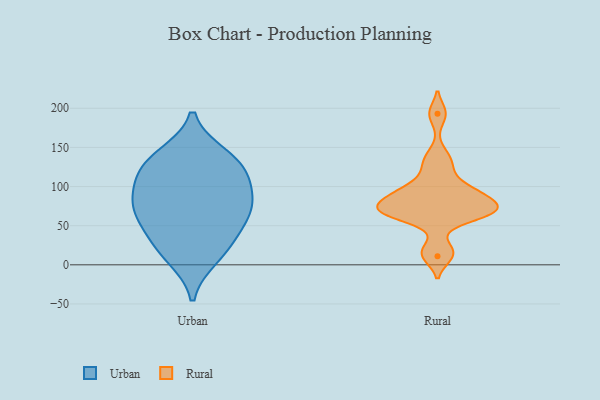
{"axis": {"x": "LTV (USD)", "y": "Value"}, "legend": ["Rural", "Urban"], "data": [{"x": "", "y": 139, "type": "Urban"}, {"x": "", "y": 125, "type": "Urban"}, {"x": "", "y": 61, "type": "Urban"}, {"x": "", "y": 79, "type": "Urban"}, {"x": "", "y": 114, "type": "Urban"}, {"x": "", "y": 10, "type": "Urban"}, {"x": "", "y": 132, "type": "Urban"}, {"x": "", "y": 72, "type": "Urban"}, {"x": "", "y": 22, "type": "Urban"}, {"x": "", "y": 36, "type": "Urban"}, {"x": "", "y": 98, "type": "Urban"}, {"x": "", "y": 72, "type": "Urban"}, {"x": "", "y": 19, "type": "Rural"}, {"x": "", "y": 96, "type": "Rural"}, {"x": "", "y": 121, "type": "Rural"}, {"x": "", "y": 72, "type": "Rural"}, {"x": "", "y": 11, "type": "Rural"}, {"x": "", "y": 138, "type": "Rural"}, {"x": "", "y": 68, "type": "Rural"}, {"x": "", "y": 96, "type": "Rural"}, {"x": "", "y": 90, "type": "Rural"}, {"x": "", "y": 74, "type": "Rural"}, {"x": "", "y": 83, "type": "Rural"}, {"x": "", "y": 64, "type": "Rural"}, {"x": "", "y": 64, "type": "Rural"}, {"x": "", "y": 68, "type": "Rural"}, {"x": "", "y": 193, "type": "Rural"}]}